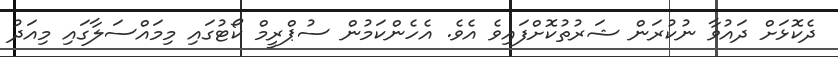
ދެކޮޅަށް ދައުވާ ނުކުރަން ޝަރުތުކޮށްފައިވެ އެވެ. އެހެންކަމުން ސުޕްރީމް ކޯޓުގައި މިމައްސަލާގައި މިއަދު